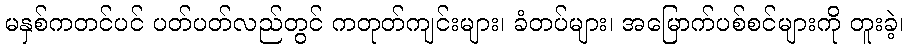
မနှစ်ကတင်ပင် ပတ်ပတ်လည်တွင် ကတုတ်ကျင်းများ၊ ခံတပ်များ၊ အမြောက်ပစ်စင်များကို တူးခဲ့၊